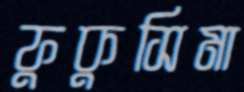
ফুকুসিমা